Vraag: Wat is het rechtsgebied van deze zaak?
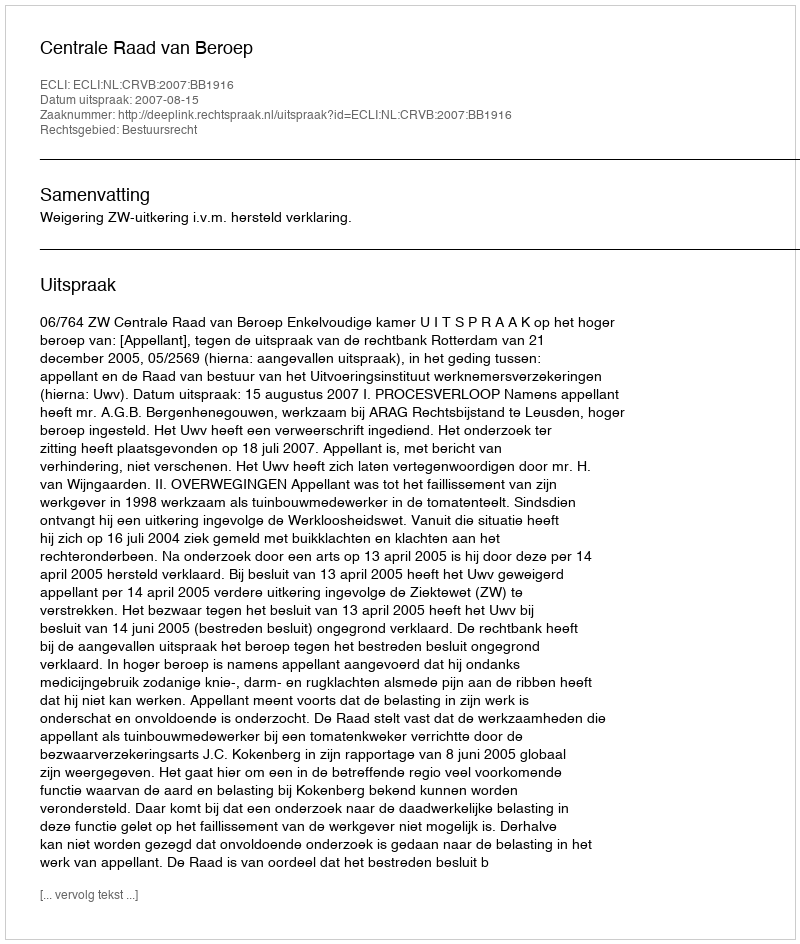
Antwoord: Bestuursrecht